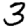
Digit: 3